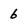
Character: 6